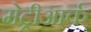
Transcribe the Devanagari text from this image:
मेट्रीआर्क